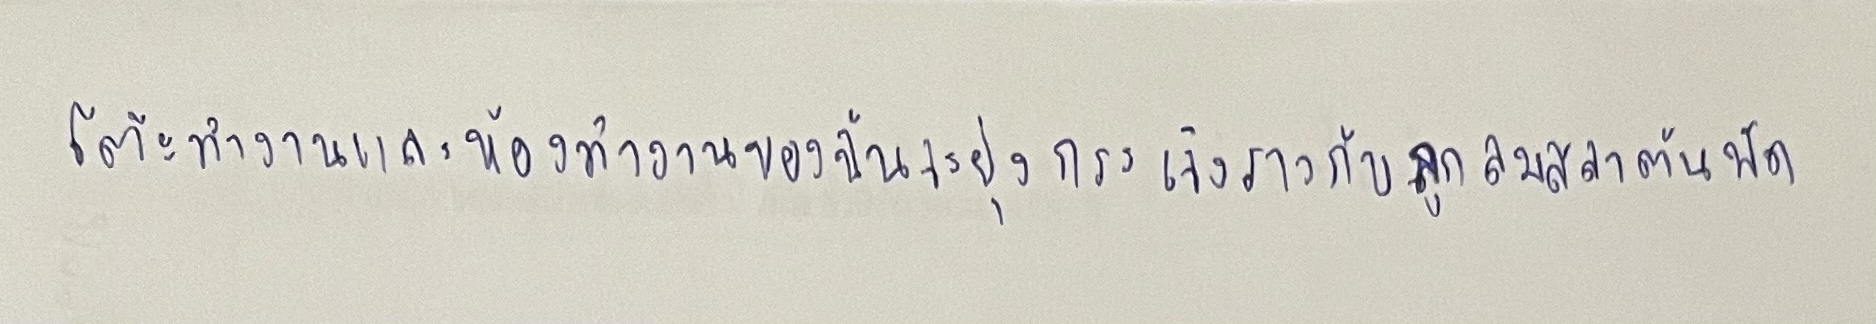
โต๊ะทำงานและห้องทำงานของฉันจะยุ่งกระเจิงราวกับถูกลมสลาตันพัด